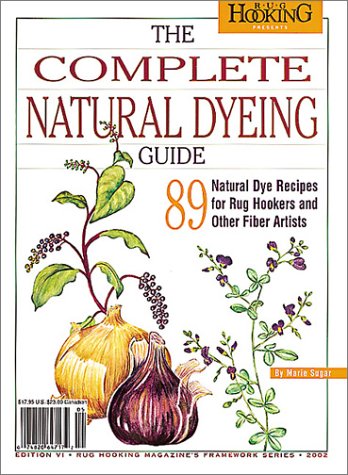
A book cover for Complete Natural Dyeing Guide; Marie Sugar; Crafts, Hobbies & Home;